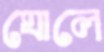
ঘোলে